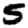
Digit: 5